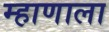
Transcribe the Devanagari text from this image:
म्हाणाला